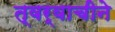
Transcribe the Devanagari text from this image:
त्वर्वाचीने